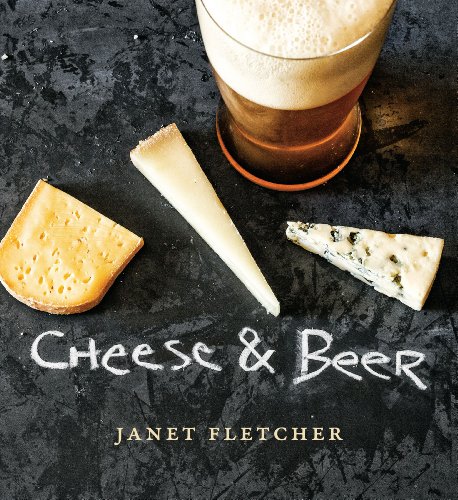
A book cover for Cheese & Beer; Janet Fletcher; Cookbooks, Food & Wine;